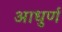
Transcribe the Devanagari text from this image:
आधुर्ण